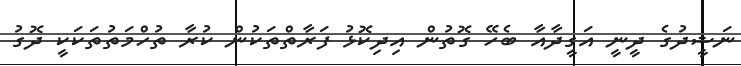
ނަޝީދުގެ ދީނީ އަގީދާއާ ބެހޭ ގޮތުން އިދިކޮޅު ފަރާތްތަކުން ކުރާ ތުހްމަތުތަކަކީ ދޮގު